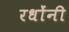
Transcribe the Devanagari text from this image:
रधोंनी